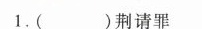
1.( )荆请罪